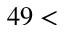
4 9 <